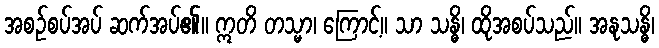
အစဉ်စပ်အပ် ဆက်အပ်၏။ ဣတိ တသ္မာ၊ ကြောင့်။ သာ သန္ဓိ၊ ထိုအစပ်သည်။ အနုသန္ဓိ၊